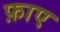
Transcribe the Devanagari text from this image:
फ़ाए